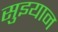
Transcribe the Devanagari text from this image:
सुइयान